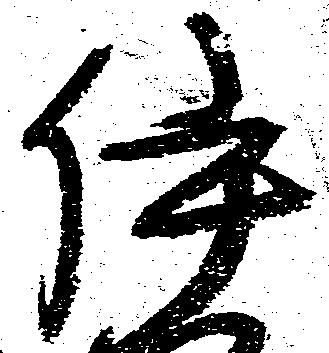
伊